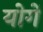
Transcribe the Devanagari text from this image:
योगें